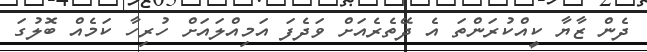
ދެން ޒާޔާ ކީއްކުރަންތަ އެ ދޭތެރެއަށް ވަދެފަ އަމިއްލައަށް ހުރިހާ ކަމެއް ބޮލުގަ